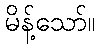
မိန့်သော်။